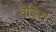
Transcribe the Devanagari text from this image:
तङित